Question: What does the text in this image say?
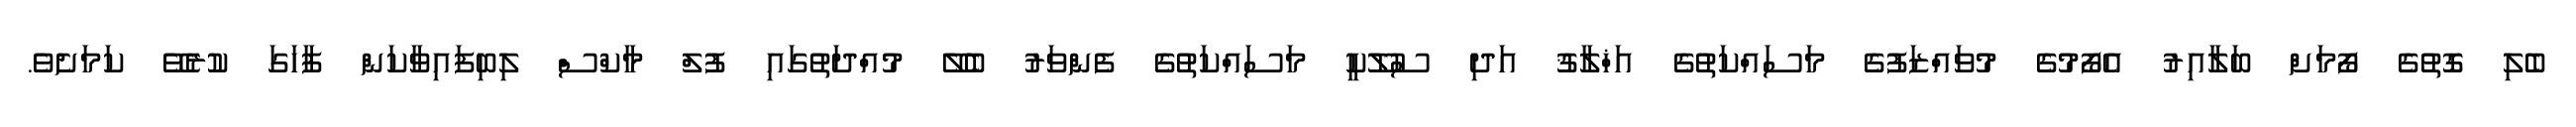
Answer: ބެލި ގޮތުގެ ފޯމަށް ބަލާއިރު އެފޯމުގެ މުވައްޒަފުގެ މަސައްކަތުގެ އަޚްލާޤު އަދި ސުލޫކީ މަސައްކަތުގެ ފެންވަރު ބެލޭ މުއްދަތުގައި ފުލް މާކްސް ލިބިފައިވާކަން ފާހަގަ ކުރެވޭ ކަމަށެވެ.